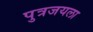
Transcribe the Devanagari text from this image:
पुत्रजयला